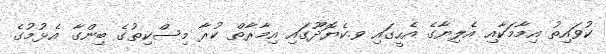
ކުވައިތު އިމާމަކާއި އެލިޔާގެ އެހީގައި ވ.ކެޔޮދޫގައި އިމާރާތް ކުރާ މިސްކިތުގެ ބިންގާ އެޅުމުގެ